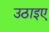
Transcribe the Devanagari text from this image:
उठाइए